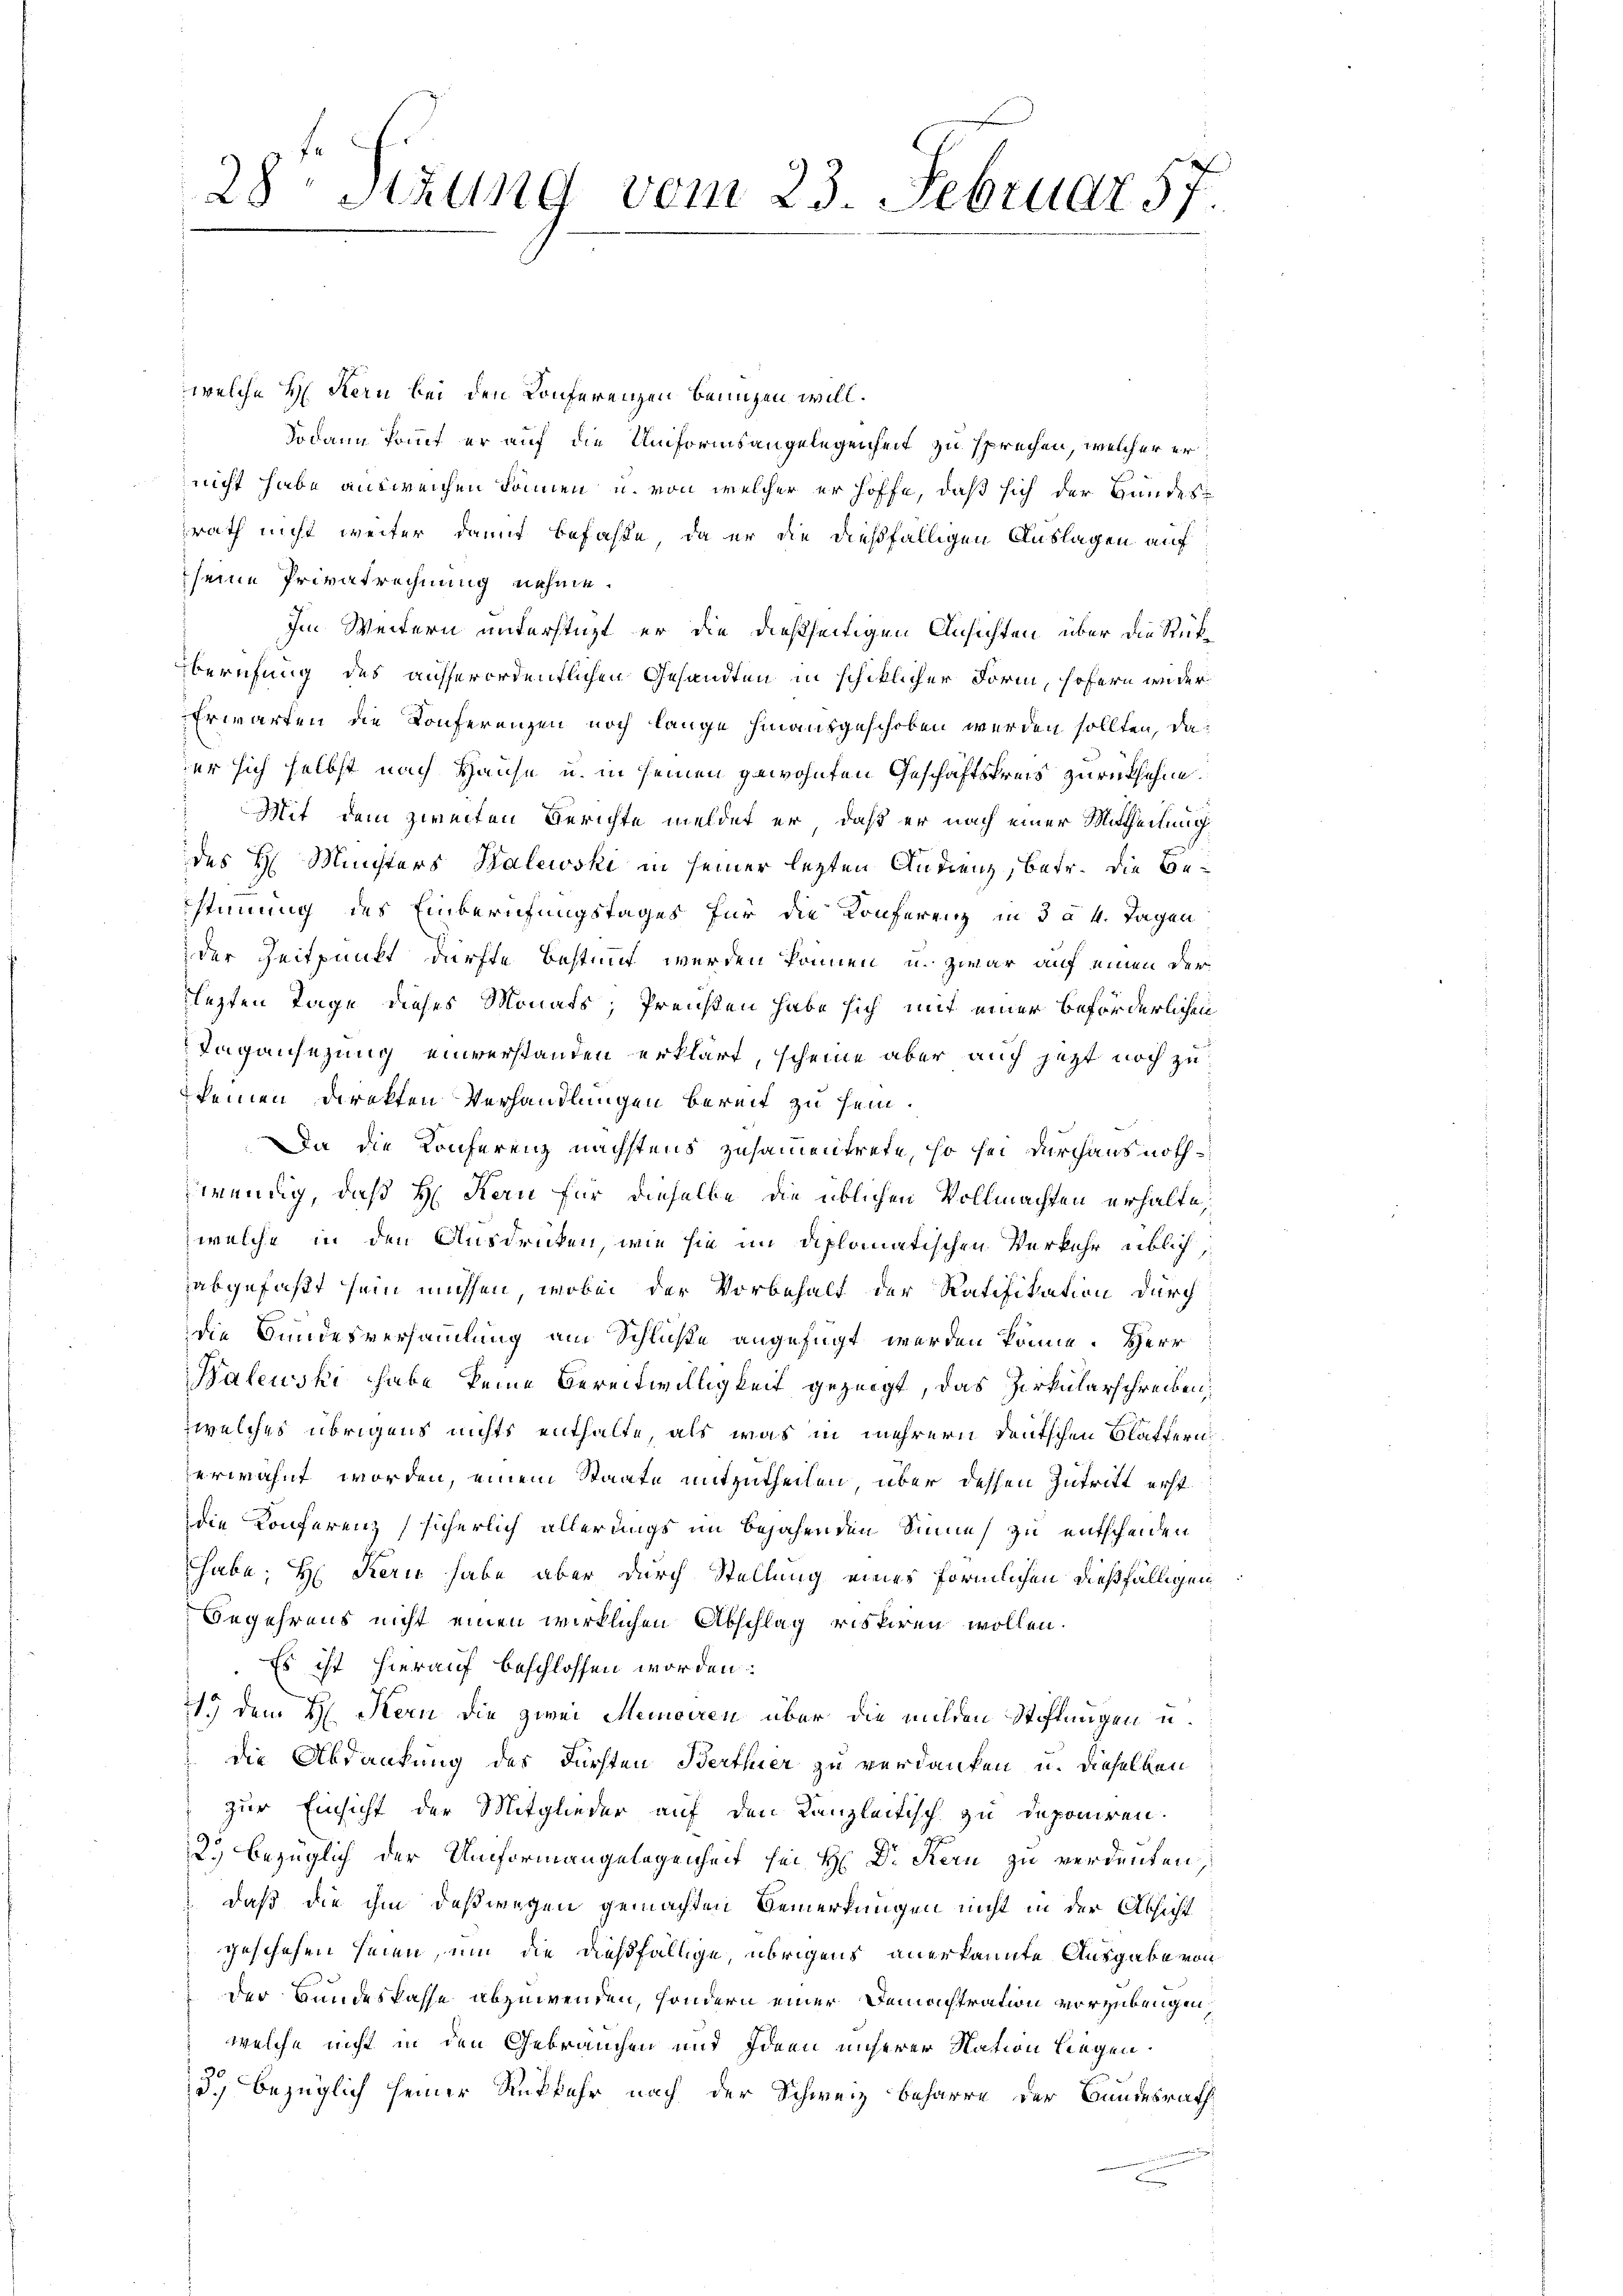
28 Stzung vom 23. Februar 57.

welche H. Kern bei den Konferenzen benuzen will.
Sodann kommt er auf die Unformsangelegenheit zu sprechen, welcher er
nicht habe ausweichen können, u. von welcher er hoffe, daß sich der Hundessrath nicht weiter damit befasse, da er die dießfälligen Auslagen auf
seine Privatrechnung nehme.
Im Weitern unterstüzt er die dießseitigen Ansichten über die Rükberufung des ausserordentlichen Gesandten in schiklicher Form, hofern wider¬
Erwarten die Konferenzen noch lange hinausgeschoben werden sollten, daer sich selbst nach Hause u. in seinen gewohnten Geschäftskreis zurücksehne.
Mit dem zweiten Berichte meldet er, daß er nach einer Mittheilung
des H. Ministers Kalewski in seiner letzten Andenz, betr. die Bestimmung des Einberufungstages für die Konferenz in 3 à 4. Tagen
der Zeitpunkt dürfte bestimmt werden können, u. zwar auf einen der
lezten Tage dieses Monats; Preisten habe sich mit einer beförderlichen
Tagansezung einverstanden erklärt, scheine aber auch jetzt noch zu
keinen Direkten Verhandlungen bereit zu sein.
Da die Konferenz nächstens zusammentrete, so sei durchaus nothzwung, daß H. Kan für dieselbe die üblichen Vollmachten erhalte,
welche in den Ausdrucken, wie sie im diplomatischen Verkehr üblich,
abgefaßt sein müssen, wobei der Vorbehalt der Ratifikation durch
die Bundesversammlung am Schluße angefügt werden könne. Herr
Balewski habe keine Bereitwilligkeit gezeigt, das Zirkularschreiben,
welches übrigens nichts enthalte, als was in mehrern deutschen Blättern.
erwähnt worden, einem Staate mitzutheilen, über dessen Zutritt erst
die Konferenz sicherlich allerungs im bejahenden Sinne zu entscheiden
habe; H. Kern habe aber durch Stellung eines förmlichen dießfälligen
Begehrens nicht einen wirklichen Abschlag riskiren wollen.
.Es ist hierauf beschlossen worden:
1) dem H. Kern die zwei Meineren über die milden Stiftungen u.
die Abdankung des Fürsten Berthier zu verdanken u. dieselben
zur Einsicht der Mitglieder auf den Kanzleitisch zu deponiren.
2.) bezüglich der Umformangelegenheit sei H: Dr. Kern zu verdenten,
daß die ihm deßwegen gemachten Bemerkungen nicht in der Absicht
geschehen seien, um die dießfällige, übrigens anerkannte Ausgabe von
der Bundeskasse abzuwenden, sondern einer Demachtration vorzubeugen:
welche nicht in den Gebrauchen und Ideen unserer Nation liegen.
3.) bezüglich seiner Rükkehr nach der Schweiz beharre der Bundesrath